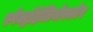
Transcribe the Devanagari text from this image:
स्पेक्ट्रोहेलियोस्कोप